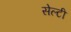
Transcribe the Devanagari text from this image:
सेल्टी